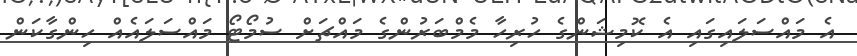
އެ މައްސަލައިގައި އެ ކޮމިޝަންގެ ހުރިހާ މެމްބަރުންގެ މައްޗަށް ސުމޯޓޯ މައްސަލައެއް ހިންގާކަން